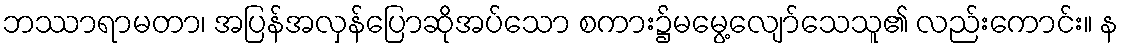
ဘဿာရာမတာ၊ အပြန်အလှန်ပြောဆိုအပ်သော စကား၌မမွေ့လျော်သေသူ၏ လည်းကောင်း။ န